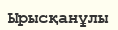
Ырысқанұлы